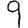
Digit: 9